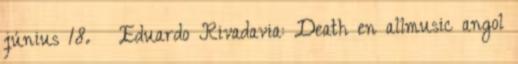
június 18. ↑ Eduardo Rivadavia: Death en allmusic angol